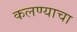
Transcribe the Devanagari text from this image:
कलण्याचा